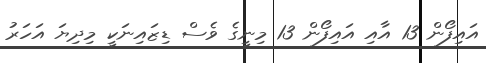
އައިފޯން 13 އާއި އައިފޯން 13 މިނީގެ ވެސް ޑިޒައިނަކީ މިދިޔަ އަހަރު